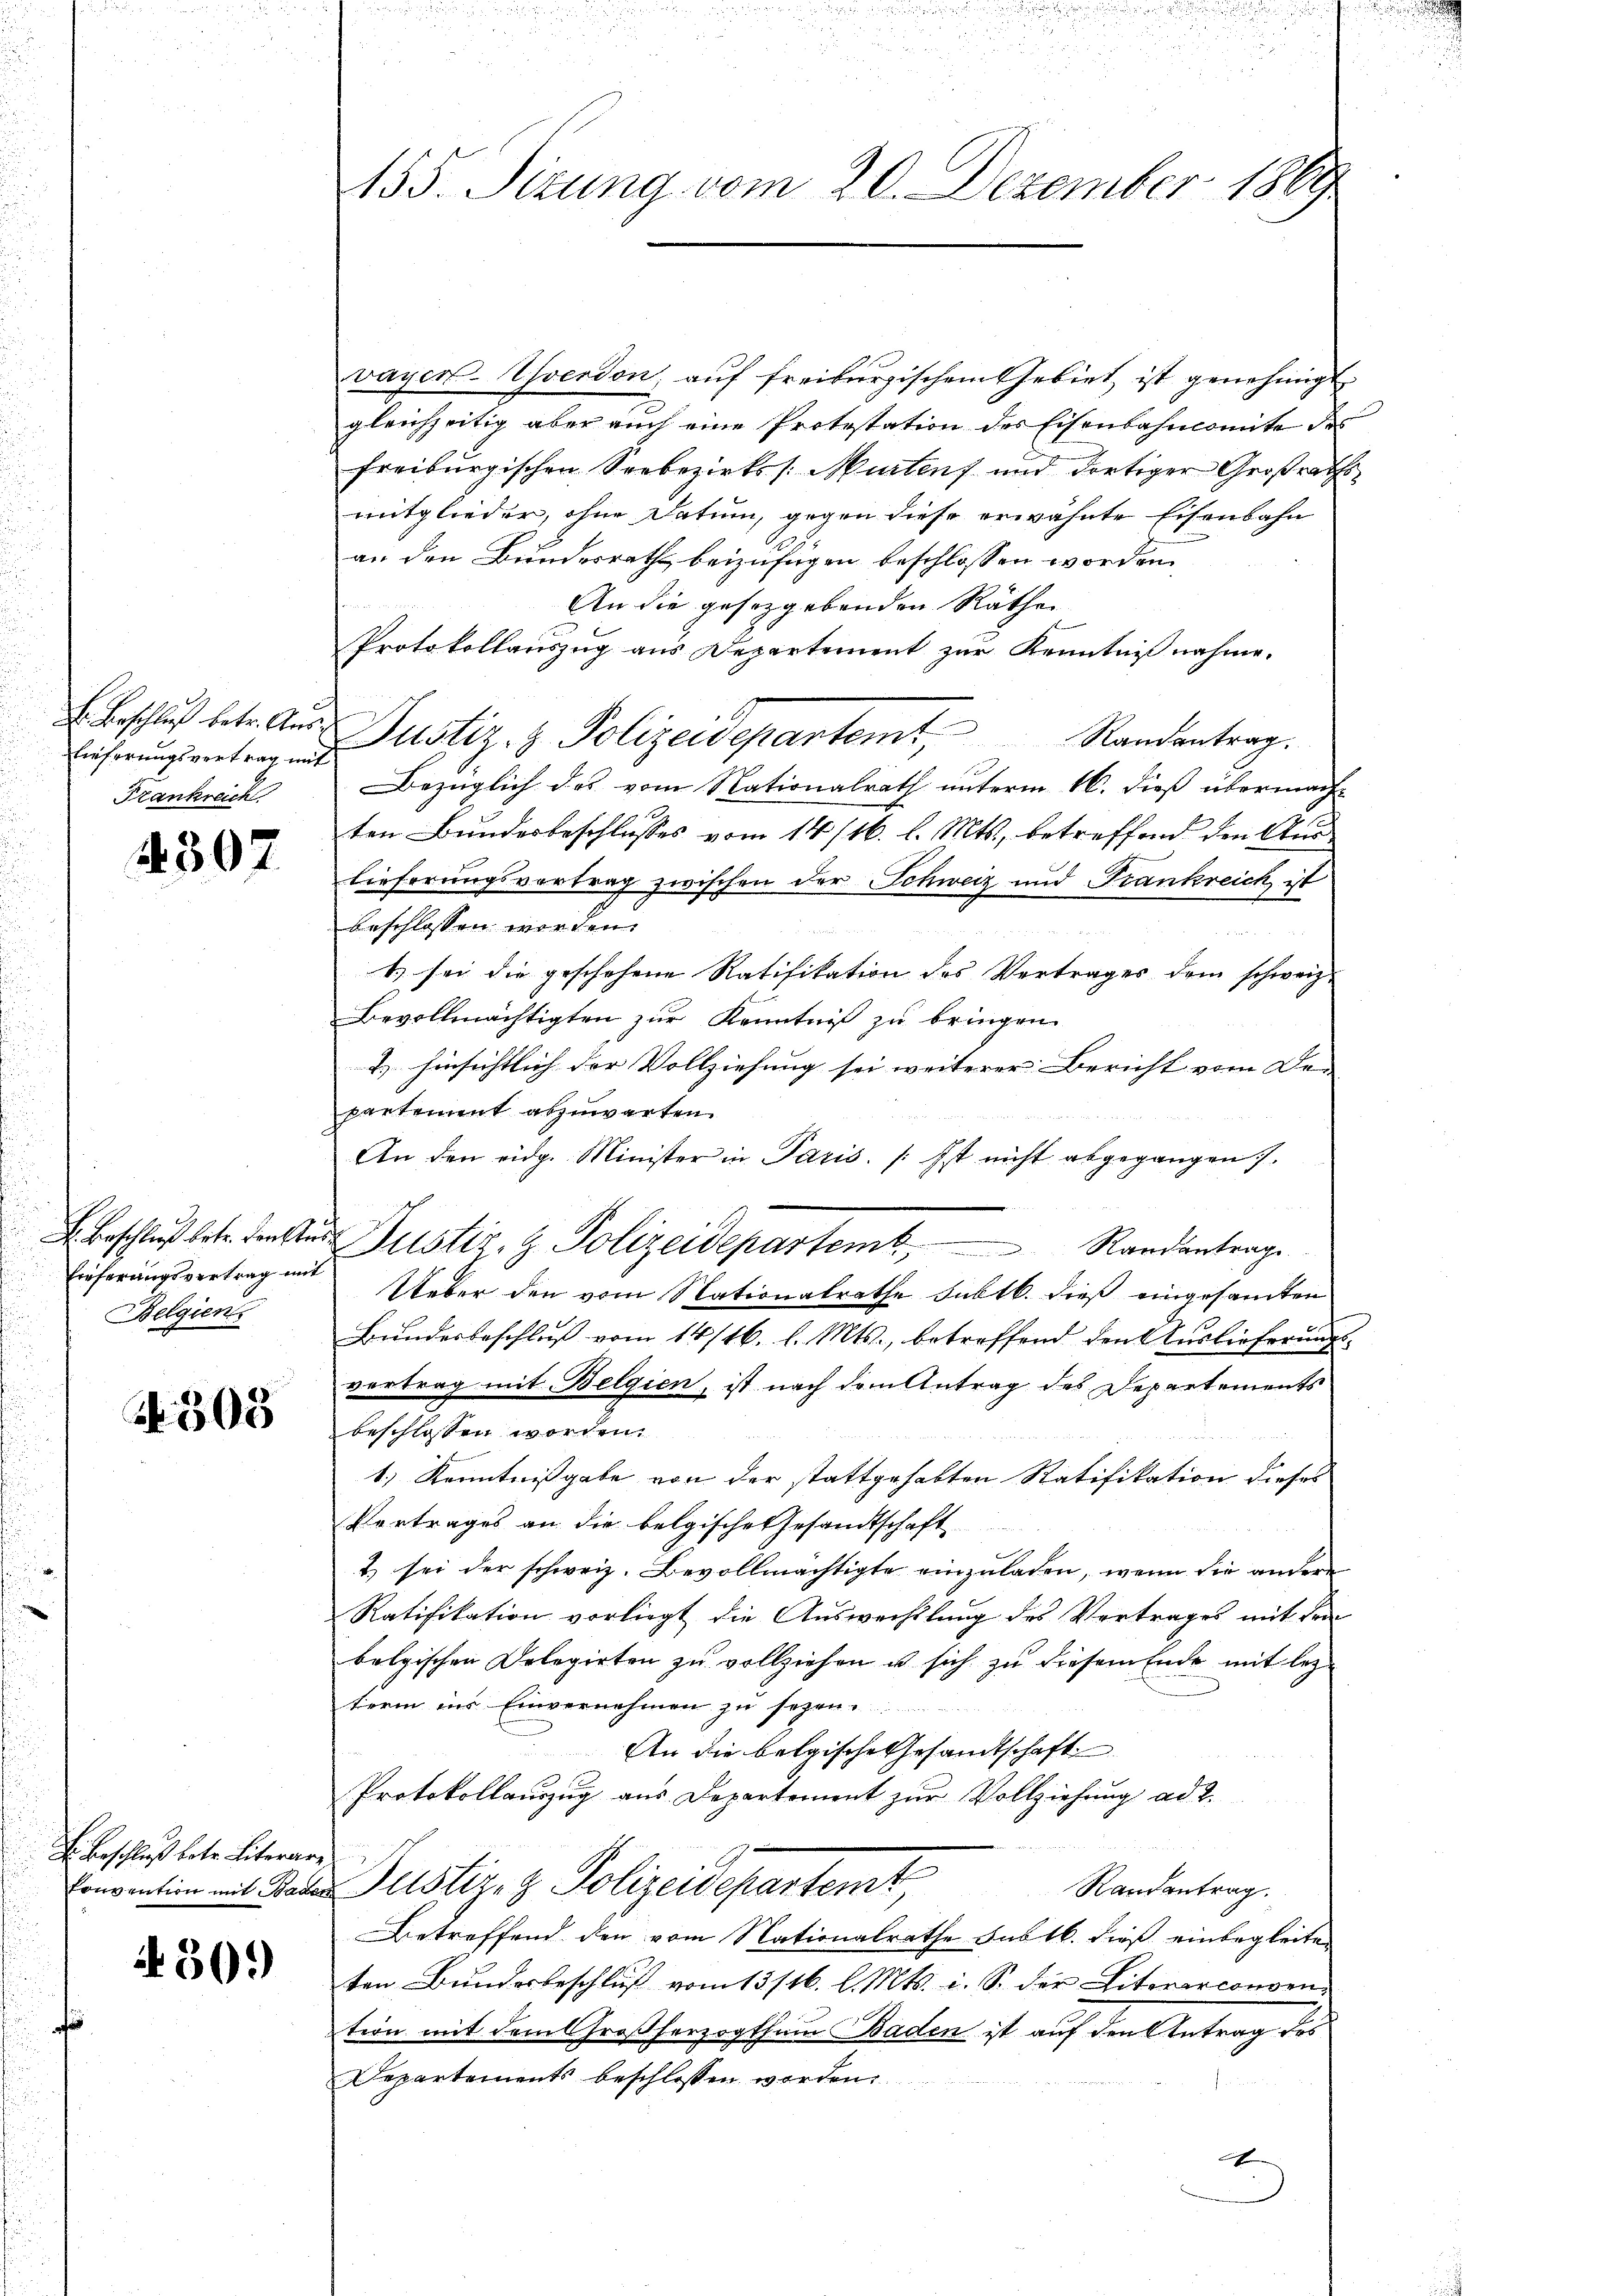
lieferungsvertrag mit
Frankreich

4307

H. Beschluß betr. denkte
Ereferungsvertrag mit
Belgien

303

H. Beschluß betr. Literar¬

30.)

155. Sitzung vom 20. Dezember 1889

vayer Yverdon, auf freiburgischem Gebiet ist genehmigt.
gleichzeitig aber auch eine Protestation des Eisenbahnkomite des
freiburgischen Seebezirks /: Murtens und dortiger Großraths
mitglieder, ohne Datum, gegen diese erwähnte Eisenbahn
an den Bundesrath beizufügen beschlossen worden
An die gesetzgebenden Räthe
Protokollauszug aus Departement zur Kenntnißnahme.
Beschluß betr. Aus Justiz- & Polizeidepartemt, Randantrag.
Bezüglich das vom Nationalrath unterm 16. dieß übermacht
ten Bundesbeschlusses vom 14/16. l. Mts., betreffend den Auslieferungsvortrag zwischen der Schweiz und Frankreich ist
beschlossen worden.
t sei die geschehene Ratifikation des Vertrages dem schweiz.
Bevollmächtigten zur Kenntniß zu bringen.
2.) hinsichtlich der Vollziehung sei weiterer Bericht vom De
partement abzuwarten.
An den eidg. Minister in Paris. /:Ist nicht abgegangen 7.
 Justiz- & Polizeidepartem Randantrage
Ueber den vom Nationalrathe Subtk. dieß eingesamten
Bundesbeschluß vom 14/16. l. Mts., betreffend den Auslieferungs-
vertrag mit Belgien, ist nach dem Antrag des Departements
beschlossen worden.
1.) Kenntnißgabe von der stattgehabten Ratifikation dieses
Vertrages an die belgische Gesandtschaft
t. sei der schweiz. Bevollmächtigte einzuladen, wenn die anderen
Ratifikation vorliegt die Aŭswechslung des Vertrages mit den
belgischen Delegirten zu vollziehen u sich zu diesem Ende mit lezterm ins Einvernehmen zu sezen.
An die belgische Gesandtschaft
Protokollauszug aus Departement zur Vollziehung ad 2.
Convention mit Baden Justiz- & Polizeidepartemt
Randantrag.
Betreffend den vom Nationalrathe sub lb. dieß einbegleiten
ten Bundesbeschluß vom 13/16. l. Mts. i. S. der Literarconsen
tion mit dem Großherzogthum Baden ist auf den Antrag des
Departements beschlossen worden.
x